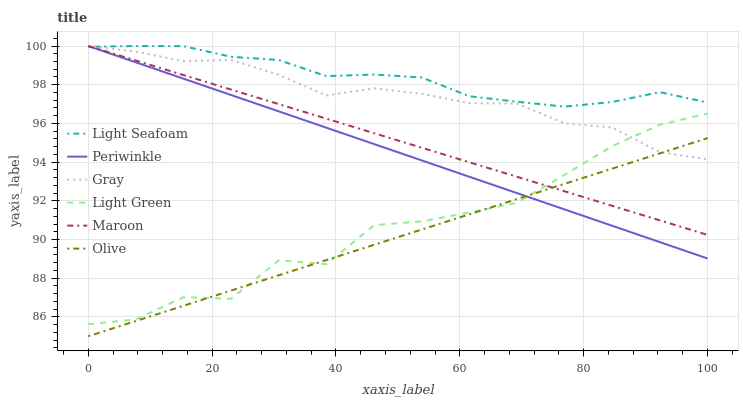
| xaxis_label | Light Seafoam | Periwinkle | Gray | Light Green | Maroon | Olive |
 | --- | --- | --- | --- | --- | --- | --- |
 | 0 | 100 | 100 | 100 | 85.6 | 100 | 85 |
 | 7.69 | 100 | 99.2 | 99.7 | 85.9 | 99.2 | 85.8 |
 | 15.4 | 100 | 98.3 | 99.2 | 87 | 98.5 | 86.6 |
 | 23.1 | 99.4 | 97.5 | 99.3 | 86.9 | 97.7 | 87.4 |
 | 30.8 | 99.3 | 96.6 | 98.5 | 88.9 | 97 | 88.2 |
 | 38.5 | 98.4 | 95.8 | 97.4 | 88.7 | 96.2 | 88.9 |
 | 46.2 | 98.5 | 94.9 | 97.8 | 90.7 | 95.5 | 89.7 |
 | 53.8 | 98.4 | 94.1 | 97.5 | 90.9 | 94.7 | 90.5 |
 | 61.5 | 97.4 | 93.2 | 97 | 91.4 | 94 | 91.3 |
 | 69.2 | 97.1 | 92.4 | 97 | 91.9 | 93.2 | 92.1 |
 | 76.9 | 96.9 | 91.6 | 96 | 93.3 | 92.5 | 92.9 |
 | 84.6 | 97.1 | 90.7 | 95.8 | 94.8 | 91.7 | 93.7 |
 | 92.3 | 97.6 | 89.9 | 94.5 | 95.9 | 91 | 94.5 |
 | 100 | 97.1 | 89 | 94.1 | 96.5 | 90.2 | 95.2 |